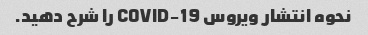
نحوه انتشار ویروس COVID-19 را شرح دهید.